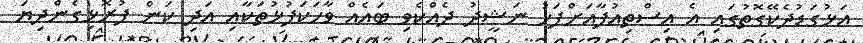
އަޅުގަޑުދެކޭގޮތުގައި އެ އިސްތިއުފާއަށްފަހު ނަޝީދު ދެއްކެވި ބައެއް ވާހަކަފުޅުތަކާއި އަދި ކަން ފުރޮޅިގެންދިޔަ